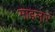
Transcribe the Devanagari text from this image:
माइलार